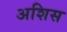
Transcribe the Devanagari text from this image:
अशिस